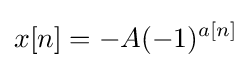
x[n]=-A(-1)^{a[n]}